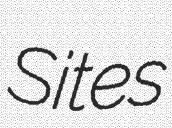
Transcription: Sites